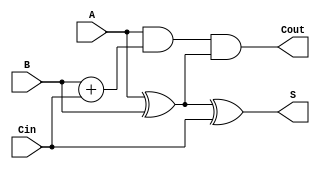
`timescale 1ns / 1ps

module fulladder(A,B,Cin,S,Cout);
    input A, B, Cin;
    output S;
    output Cout;
    
    assign S = A ^ B ^ Cin;  
    assign Cout = A & B + Cin & (A ^ B);
endmodule

module halfadder(A,B, S, Cout);
    input A,B;
    output S, Cout;
    
    assign S = A ^ B;
    assign Cout = A & B;
    
endmodule

module three_bit_mult(
    input [2:0] A,
    input [2:0] B,
    output [5:0] Y
    );
    
    // last digit
    wire A0B0 = A[0] & B[0];
    
    // 5th digit
    wire A1B0 = A[1] & B[0];
    wire A0B1 = A[0] & B[1];
    wire dig5;
    
    halfadder ha5(A1B0, A0B1, dig5, cout5);
    
    // 4th digit
    wire A2B0 = A[2] & B[0];
    wire A1B1 = A[1] & B[1];
    wire int4;
    wire cout4ha;
    wire cout4fa;
    
    halfadder ha4(A2B0, A1B1, int4, cout4ha);
    wire A0B2 = A[0] & B[2];
    fulladder fa4(int4, A0B2, cout5,dig4,cout4fa);
    
    // 3rd digit
    wire A2B1 = A[2] & B[1];
    wire A1B2 = A[1] & B[2];
    wire int3;
    wire cout3fa;
    
    fulladder fa3(A2B1, A1B2,cout4ha,int3,cout3fa);
    
    wire cout3ha;
    halfadder ha3(int,cout4fa,dig3,cout3ha);
    
    // 2nd digit
    wire A2B2 = A[2] & B[2];
    wire dig2;
    wire dig1;
    
    fulladder fa2(A2B2, cout3ha, cout3fa, dig2, dig1);
    
    assign Y = {dig1, dig2, dig3, dig4, dig5, A0B0};
endmodule